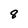
Character: 8